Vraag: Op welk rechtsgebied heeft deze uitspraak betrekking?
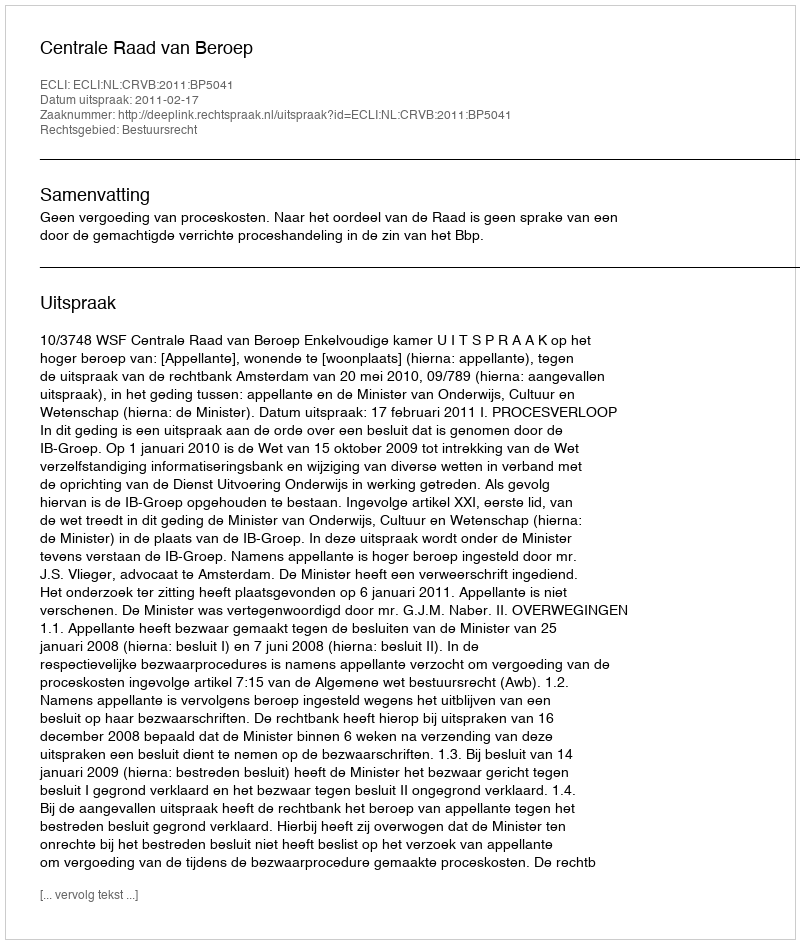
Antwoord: Bestuursrecht